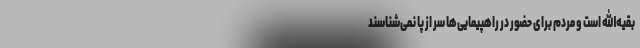
بقیه‌الله است و مردم برای حضور در راهپیمایی‌ها سر از پا نمی‌شناسند